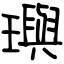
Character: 璵